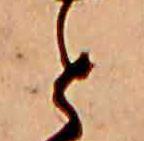
と